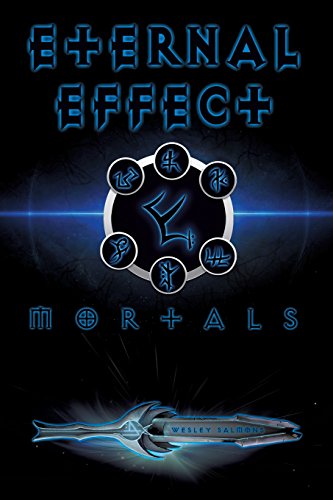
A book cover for Eternal Effect; Wesley Salmons; Christian Books & Bibles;